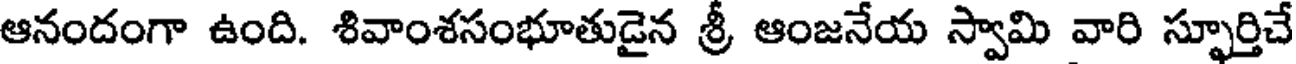
ఆనందంగా ఉంది. శివాంశసంభూతుడైన శ్రీ ఆంజనేయ స్వామి వారి స్ఫూర్తిచే